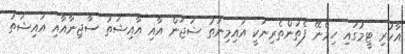
އާކުރި ޓީމުގައި ހިމެނޭ ފެތުންތެރިނަކީ އައިމިނަތު ޝަޖަން އާއި އާއިޝަތު ސާޖިނާއާއި އައިޝަތު